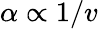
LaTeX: \alpha\propto 1/v